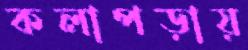
কলাপড়ায়